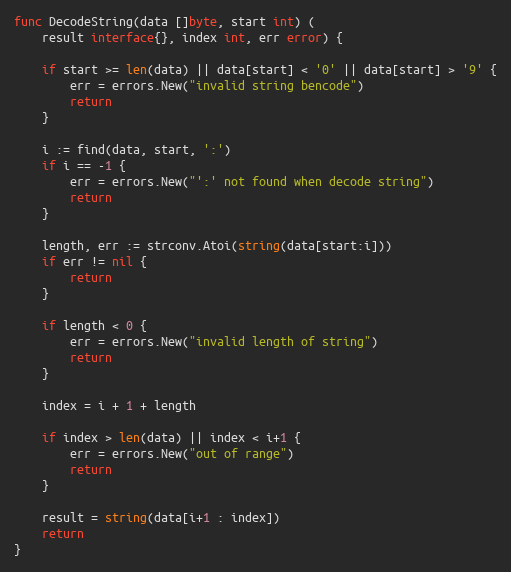
Language: Go
func DecodeString(data []byte, start int) (
	result interface{}, index int, err error) {

	if start >= len(data) || data[start] < '0' || data[start] > '9' {
		err = errors.New("invalid string bencode")
		return
	}

	i := find(data, start, ':')
	if i == -1 {
		err = errors.New("':' not found when decode string")
		return
	}

	length, err := strconv.Atoi(string(data[start:i]))
	if err != nil {
		return
	}

	if length < 0 {
		err = errors.New("invalid length of string")
		return
	}

	index = i + 1 + length

	if index > len(data) || index < i+1 {
		err = errors.New("out of range")
		return
	}

	result = string(data[i+1 : index])
	return
}